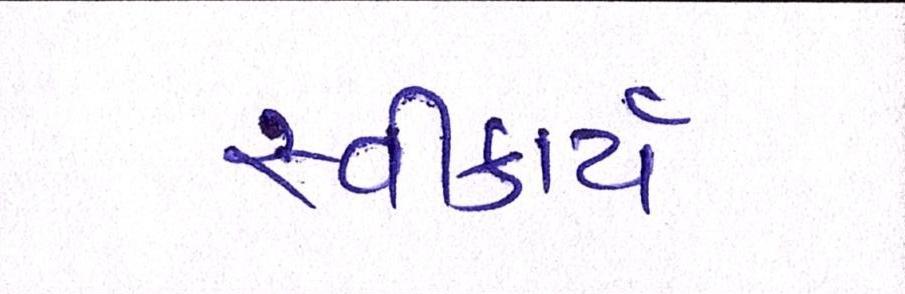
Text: સ્વીકાર્ય